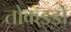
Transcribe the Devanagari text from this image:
तोकइडो